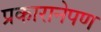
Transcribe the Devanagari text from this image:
प्रकारानेपण